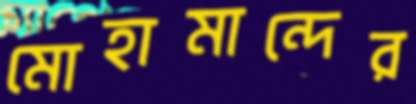
মোহামান্দের